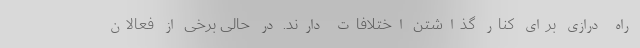
راه درازی برای کنار گذاشتن اختلافات دارند. در حالی برخی از فعالان